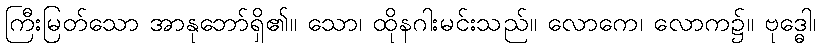
ကြီးမြတ်သော အာနုဘော်ရှိ၏။ သော၊ ထိုနဂါးမင်းသည်။ လောကေ၊ လောက၌။ ဗုဒ္ဓေါ၊